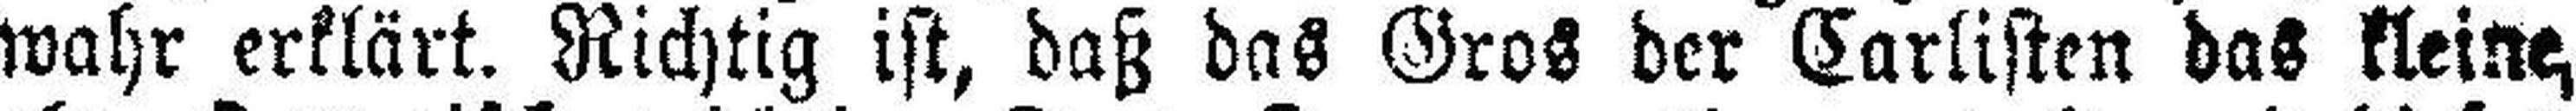
wahr erklärt. Richtig ist, daß das Gros der Carlisten das kleine,